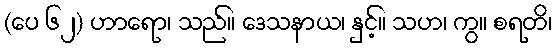
(ပေ ၆၂) ဟာရော၊ သည်။ ဒေသနာယ၊ နှင့်။ သဟ၊ ကွ။ စရတိ၊